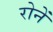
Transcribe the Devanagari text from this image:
रोनें